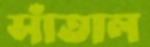
সাঁতাল